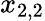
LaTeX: x_{2,2}